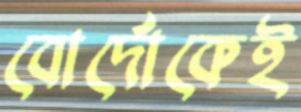
বোর্দোকেই